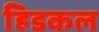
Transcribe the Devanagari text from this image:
हिडकल